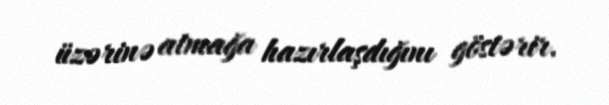
üzərinə atmağa hazırlaşdığını göstərir.